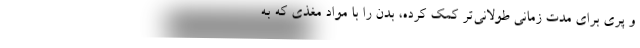
و پری برای مدت زمانی طولانی‌تر کمک کرده، بدن را با مواد مغذی که به